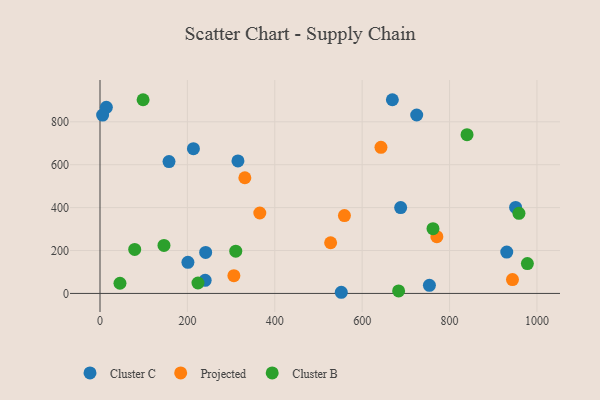
{"axis": {"x": "Study Hours", "y": "Fuel Efficiency"}, "legend": ["Cluster B", "Cluster C", "Projected"], "data": [{"x": "315.7", "y": 617.5, "type": "Cluster C"}, {"x": "669.1", "y": 902.9, "type": "Cluster C"}, {"x": "213.8", "y": 674.8, "type": "Cluster C"}, {"x": "753.9", "y": 38.0, "type": "Cluster C"}, {"x": "157.9", "y": 614.5, "type": "Cluster C"}, {"x": "688.1", "y": 400.2, "type": "Cluster C"}, {"x": "241.8", "y": 191.0, "type": "Cluster C"}, {"x": "14.5", "y": 867.5, "type": "Cluster C"}, {"x": "951.2", "y": 400.7, "type": "Cluster C"}, {"x": "724.8", "y": 831.6, "type": "Cluster C"}, {"x": "930.9", "y": 192.6, "type": "Cluster C"}, {"x": "201.2", "y": 145.1, "type": "Cluster C"}, {"x": "240.7", "y": 60.9, "type": "Cluster C"}, {"x": "6.0", "y": 831.5, "type": "Cluster C"}, {"x": "552.2", "y": 5.4, "type": "Cluster C"}, {"x": "331.5", "y": 539.2, "type": "Projected"}, {"x": "944.0", "y": 64.8, "type": "Projected"}, {"x": "559.4", "y": 362.9, "type": "Projected"}, {"x": "770.9", "y": 264.7, "type": "Projected"}, {"x": "365.7", "y": 375.0, "type": "Projected"}, {"x": "527.8", "y": 236.3, "type": "Projected"}, {"x": "643.0", "y": 681.2, "type": "Projected"}, {"x": "306.4", "y": 82.6, "type": "Projected"}, {"x": "978.1", "y": 139.0, "type": "Cluster B"}, {"x": "98.6", "y": 902.9, "type": "Cluster B"}, {"x": "762.1", "y": 301.7, "type": "Cluster B"}, {"x": "79.4", "y": 204.9, "type": "Cluster B"}, {"x": "310.7", "y": 196.8, "type": "Cluster B"}, {"x": "224.2", "y": 48.7, "type": "Cluster B"}, {"x": "840.0", "y": 739.9, "type": "Cluster B"}, {"x": "45.7", "y": 47.4, "type": "Cluster B"}, {"x": "958.8", "y": 373.6, "type": "Cluster B"}, {"x": "146.4", "y": 224.0, "type": "Cluster B"}, {"x": "683.4", "y": 11.5, "type": "Cluster B"}]}